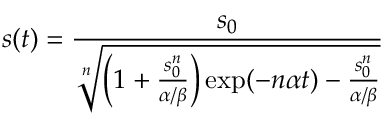
s ( t ) = \frac { s _ { 0 } } { \sqrt [ n ] { \left( 1 + \frac { s _ { 0 } ^ { n } } { \alpha / \beta } \right) \exp ( - n \alpha t ) - \frac { s _ { 0 } ^ { n } } { \alpha / \beta } } }